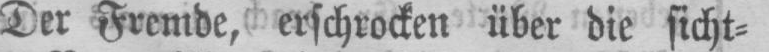
Der Fremde, erschrocken über die sicht⸗